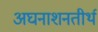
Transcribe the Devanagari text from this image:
अघनाशनतीर्थ